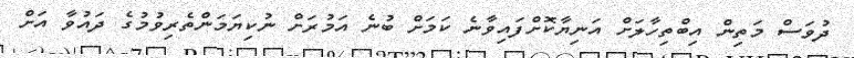
ދުވަސް މަތިން އިބްތިހާލަށް އަނިޔާކޮށްފައިވާނެ ކަމަށް ބުނެ އަމުރަށް ނުކިޔަމަންތެރިވުމުގެ ދައުވާ އަށް